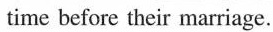
time before their marriage.